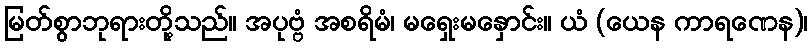
မြတ်စွာဘုရားတို့သည်။ အပုဗ္ဗံ အစရိမံ၊ မရှေးမနှောင်း။ ယံ (ယေန ကာရဏေန)၊